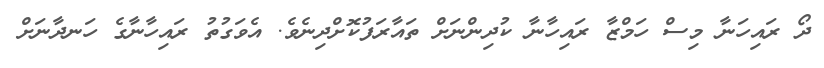
ދޯ ރައިހަނާ މިސް ހަމްޒާ ރައިހާނާ ކުދިންނަށް ތައާރަފުކޮށްދިނެވެ. އެވަގުތު ރައިހާނާގެ ހަނދާނަށް